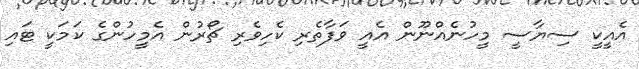
އެއީކީ ސިޔާސީ މީހުނެއްނޫން އެއީ ވަފާތެރި ކެހިވެރި ޗޯރުން އެމީހުންގެ ކަމަކީ ޓައި